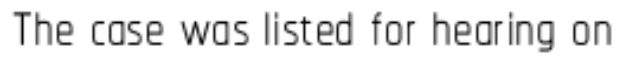
The case was listed for hearing on